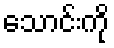
သောင်းကို